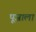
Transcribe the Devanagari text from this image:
पूजाला